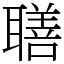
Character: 𦗢